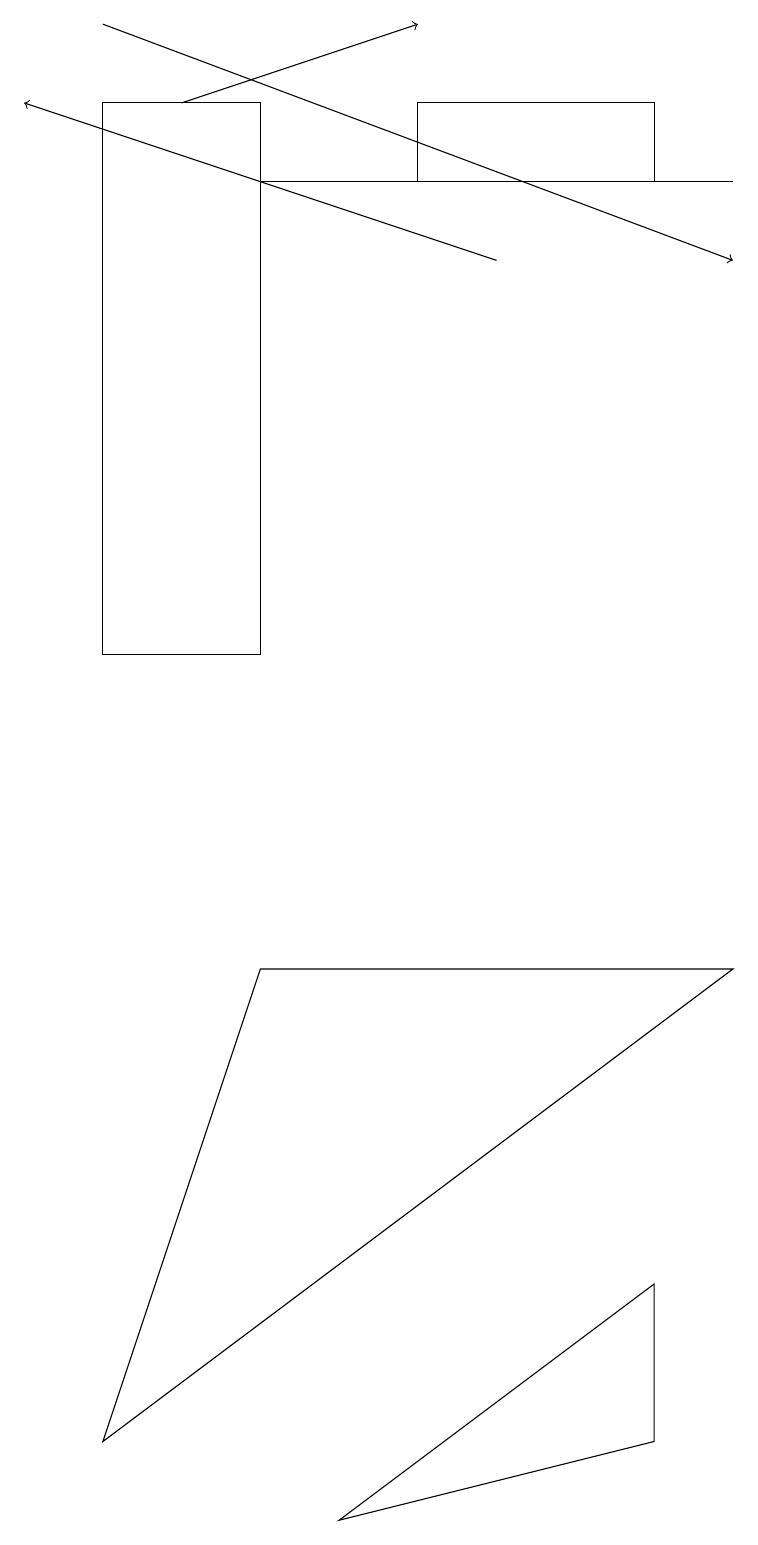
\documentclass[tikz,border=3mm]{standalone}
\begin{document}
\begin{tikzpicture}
\draw[->] (2,18) -- (5,19);
\draw[->] (6,16) -- (0,18);
\draw[->] (1,19) -- (9,16);
\draw (9,7) -- (1,1) -- (3,7) -- cycle;
\draw (8,17) rectangle (5,18);
\draw (1,11) rectangle (3,18);
\draw (8,3) -- (8,1) -- (4,0) -- cycle;
\draw (9,17) rectangle (3,17);
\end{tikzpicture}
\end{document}